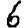
Digit: 6